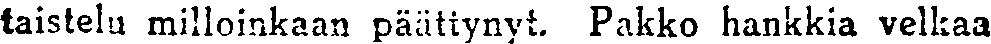
taistelu milloinkaan päätiynyt. Pakko hankkia velkaa